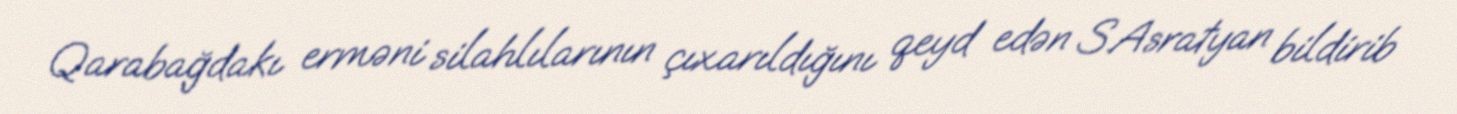
Qarabağdakı erməni silahlılarının çıxarıldığını qeyd edən S.Asratyan bildirib